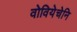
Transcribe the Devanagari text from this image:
वोवियेचेनि